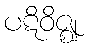
ပဋိဝိဇ္ဈ